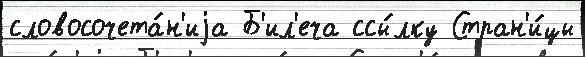
словосочета́н'иjа Б'ил'еча ссы́лку Стран'и́цы